Leaving Certificate Examination (including Day School Certificate (Higher) General paper), 1937
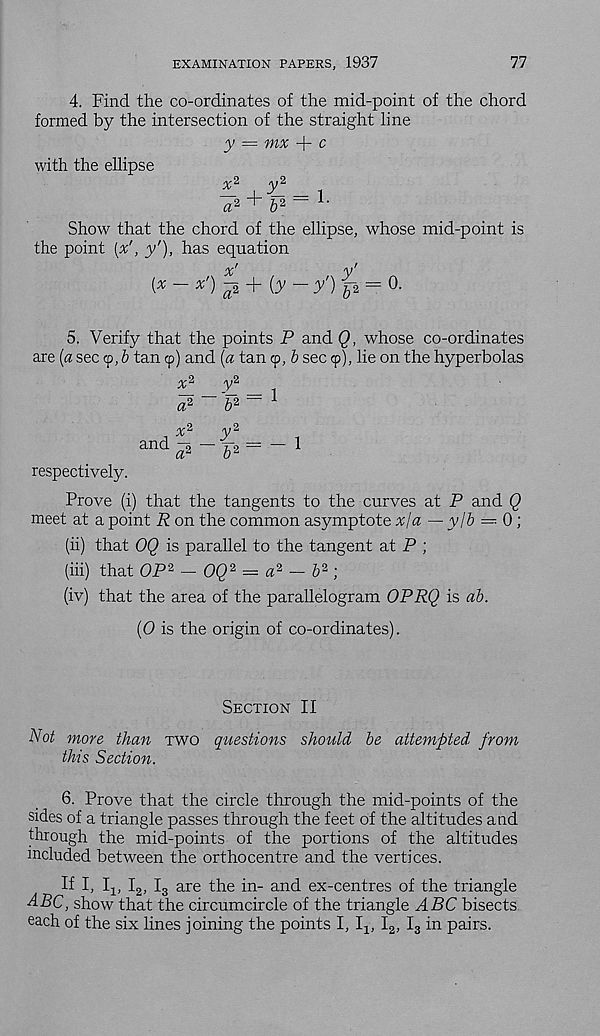
EXAMINATION PAPERS, 1937
77
4. Find the co-ordinates of the mid-point of the chord
formed by the intersection of the straight line
y — mx + c
with the ellipse
, iL 2
i
a 2 +
~ 1>
Show that the chord of the ellipse, whose mid-point is
the point (x' } y'), has equation
(x -x')
(y- y') r- 2 = 0-
5. Verify that the points P and Q, whose co-ordinates
are {a sec cp, & tan cp) and (a tan cp, b sec <p), lie on the hyperbolas
respectively.
x 2
y 2
a 2 ~ 'P = 1
/u-2
y2
and
— 772 = —
o 2
Prove (i) that the tangents to the curves at P and Q
meet at a point R on the common asymptote x/a — ylb = 0
(ii) that OQ is parallel to the tangent at P ;
(hi) that OP 2 — OQ 2 = a 2 — b 2 )
(iv) that the area of the parallelogram OPRQ is ab.
(0 is the origin of co-ordinates).
Section II
Not more than two questions should be attempted- from
this Section.
6. Prove that the circle through the mid-points of the
sides of a triangle passes through the feet of the altitudes and
through the mid-points of the portions of the altitudes
included between the orthocentre and the vertices.
If I, I,, I 2 , I 3 are the in- and ex-centres of the triangle
4PC, show that the circumcircle of the triangle ABC bisects
each of the six lines joining the points I, 1-^ I 2 , I 3 in pairs.